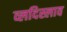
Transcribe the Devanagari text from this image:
व्लदिस्लाव